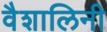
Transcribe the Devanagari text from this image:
वैशालिनी